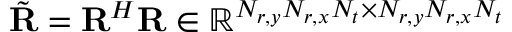
\tilde { \mathbf { R } } = \mathbf { R } ^ { H } \mathbf { R } \in \mathbb { R } ^ { N _ { r , y } N _ { r , x } N _ { t } \times N _ { r , y } N _ { r , x } N _ { t } }